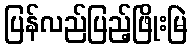
ပြန်လည်ပြည့်ဖြိုးမြဲ